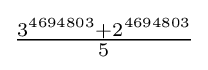
{\tfrac {3^{4694803}+2^{4694803}}{5}}